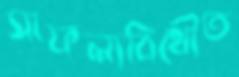
সাফল্যবিধৌত